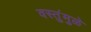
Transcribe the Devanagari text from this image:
वस्तुंमुळे